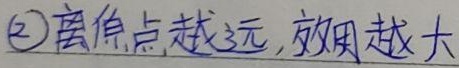
(2)离原点越远，效用越大